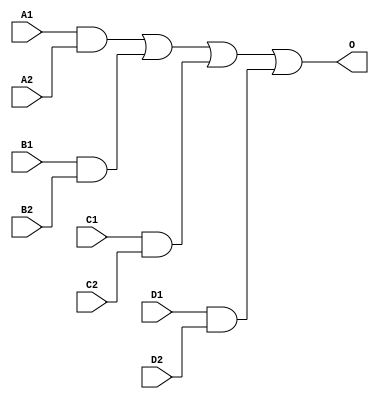
module JDB2X4B(A1, A2, B1, B2, C1, C2, D1, D2, O);
input   A1;
input   A2;
input   B1;
input   B2;
input   C1;
input   C2;
input   D1;
input   D2;
output  O;
and g0(w0, A1, A2);
and g1(w3, B1, B2);
and g2(w6, C1, C2);
and g3(w9, D1, D2);
or g4(O, w0, w3, w6, w9);
endmodule